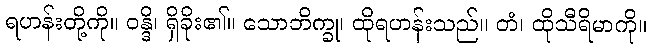
ရဟန်းတို့ကို။ ဝန္ဒိ၊ ရှိခိုး၏။ သောဘိက္ခု၊ ထိုရဟန်းသည်။ တံ၊ ထိုသီရိမာကို။